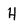
Character: H